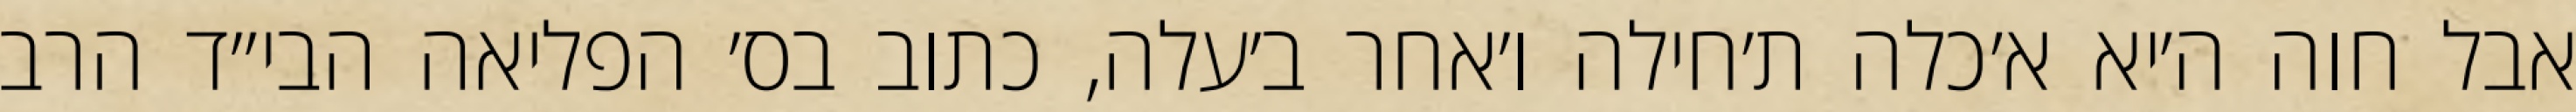
אבל חוה ה׳יא א׳כלה ת׳חילה ו׳אחר ב׳עלה, כתוב בס׳ הפליאה הבי״ד הרב